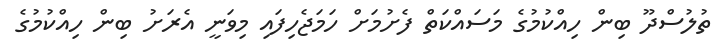
ތުލުސްދޫ ބިން ހިއްކުމުގެ މަސައްކަތް ފެށުމަށް ހަމަޖެހިފައި މިވަނީ އެރަށު ބިން ހިއްކުމުގެ